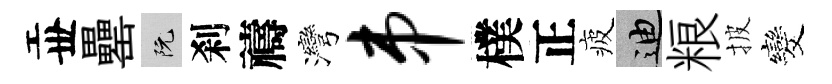
丗罍阮刹禱灣串樸正疲迪粮披发